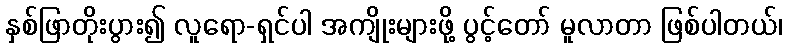
နှစ်ဖြာတိုးပွား၍ လူရော-ရှင်ပါ အကျိုးများဖို့ ပွင့်တော် မူလာတာ ဖြစ်ပါတယ်၊